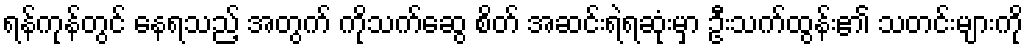
ရန်ကုန်တွင် နေရသည့် အတွက် ကိုသက်ဆွေ စိတ် အဆင်းရဲရဆုံးမှာ ဦးသက်ထွန်း၏ သတင်းများကို